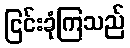
ငြင်းခုံကြသည်